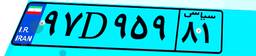
۹۷D۹۵۹۸۱